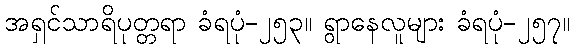
အရှင်သာရိပုတ္တရာ ခံရပုံ-၂၅၃။ ရွာနေလူများ ခံရပုံ-၂၅၇။